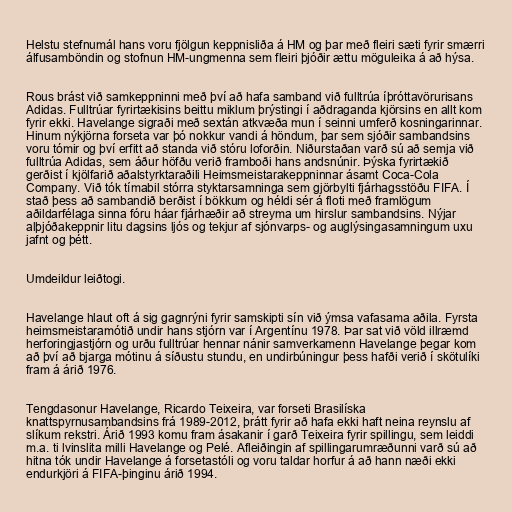
Helstu stefnumál hans voru fjölgun keppnisliða á HM og þar með fleiri sæti fyrir smærri
álfusamböndin og stofnun HM-ungmenna sem fleiri þjóðir ættu möguleika á að hýsa.

Rous brást við samkeppninni með því að hafa samband við fulltrúa íþróttavörurisans
Adidas. Fulltrúar fyrirtækisins beittu miklum þrýstingi í aðdraganda kjörsins en allt kom
fyrir ekki. Havelange sigraði með sextán atkvæða mun í seinni umferð kosningarinnar.
Hinum nýkjörna forseta var þó nokkur vandi á höndum, þar sem sjóðir sambandsins
voru tómir og því erfitt að standa við stóru loforðin. Niðurstaðan varð sú að semja við
fulltrúa Adidas, sem áður höfðu verið framboði hans andsnúnir. Þýska fyrirtækið
gerðist í kjölfarið aðalstyrktaraðili Heimsmeistarakeppninnar ásamt Coca-Cola
Company. Við tók tímabil stórra styktarsamninga sem gjörbylti fjárhagsstöðu FIFA. Í
stað þess að sambandið berðist í bökkum og héldi sér á floti með framlögum
aðildarfélaga sinna fóru háar fjárhæðir að streyma um hirslur sambandsins. Nýjar
alþjóðakeppnir litu dagsins ljós og tekjur af sjónvarps- og auglýsingasamningum uxu
jafnt og þétt.

Umdeildur leiðtogi.

Havelange hlaut oft á sig gagnrýni fyrir samskipti sín við ýmsa vafasama aðila. Fyrsta
heimsmeistaramótið undir hans stjórn var í Argentínu 1978. Þar sat við völd illræmd
herforingjastjórn og urðu fulltrúar hennar nánir samverkamenn Havelange þegar kom
að því að bjarga mótinu á síðustu stundu, en undirbúningur þess hafði verið í skötulíki
fram á árið 1976.

Tengdasonur Havelange, Ricardo Teixeira, var forseti Brasilíska
knattspyrnusambandsins frá 1989-2012, þrátt fyrir að hafa ekki haft neina reynslu af
slíkum rekstri. Árið 1993 komu fram ásakanir í garð Teixeira fyrir spillingu, sem leiddi
m.a. ti lvinslita milli Havelange og Pelé. Afleiðingin af spillingarumræðunni varð sú að
hitna tók undir Havelange á forsetastóli og voru taldar horfur á að hann næði ekki
endurkjöri á FIFA-þinginu árið 1994.